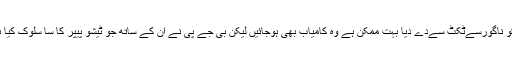
کانگریس نے اپنا وعدہ نبھاتے ہوئے پھر سے حبیب الرحمٰن کو ناگورسےٹکٹ سےدے دیا بہت ممکن ہے وہ کامیاب بھی ہوجائیں لیکن بی جے پی نے ان کے ساتھ جو ٹیشو پیپر کا سا سلوک کیا ہے اس میں ابن الوقت سیاستدانوں کے لیے عبرت کا پیغام ہے۔